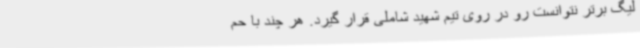
لیگ برتر نتوانست رو در روی تیم شهید شاملی قرار گیرد. هر چند با حم